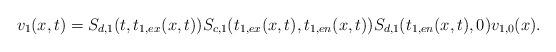
LaTeX: \begin{align*} v_1(x,t)=S_{d,1}(t,t_{1,ex}(x,t))S_{c,1}(t_{1,ex}(x,t),t_{1,en}(x,t))S_{d,1}(t_{1,en}(x,t),0)v_{1,0}(x).\end{align*}